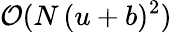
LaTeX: \mathcal{O}(N\, (u+b)^{2})